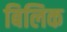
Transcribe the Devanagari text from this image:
बिलिक